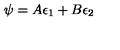
\psi = A \epsilon _ { 1 } + B \epsilon _ { 2 }